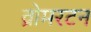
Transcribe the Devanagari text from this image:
व्रोमरटन